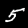
Digit: 5